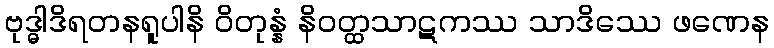
ဗုဒ္ဓါဒိရတနရူပါနိ ဝိတုန္နံ နိဝတ္ထသာဋကဿ သာဒိဿေ ဖဏေန